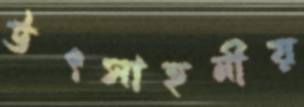
উৎসাহনীয়